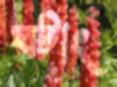
ঘটাং